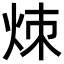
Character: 𬊃